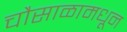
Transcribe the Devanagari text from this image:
चौसाळामधून